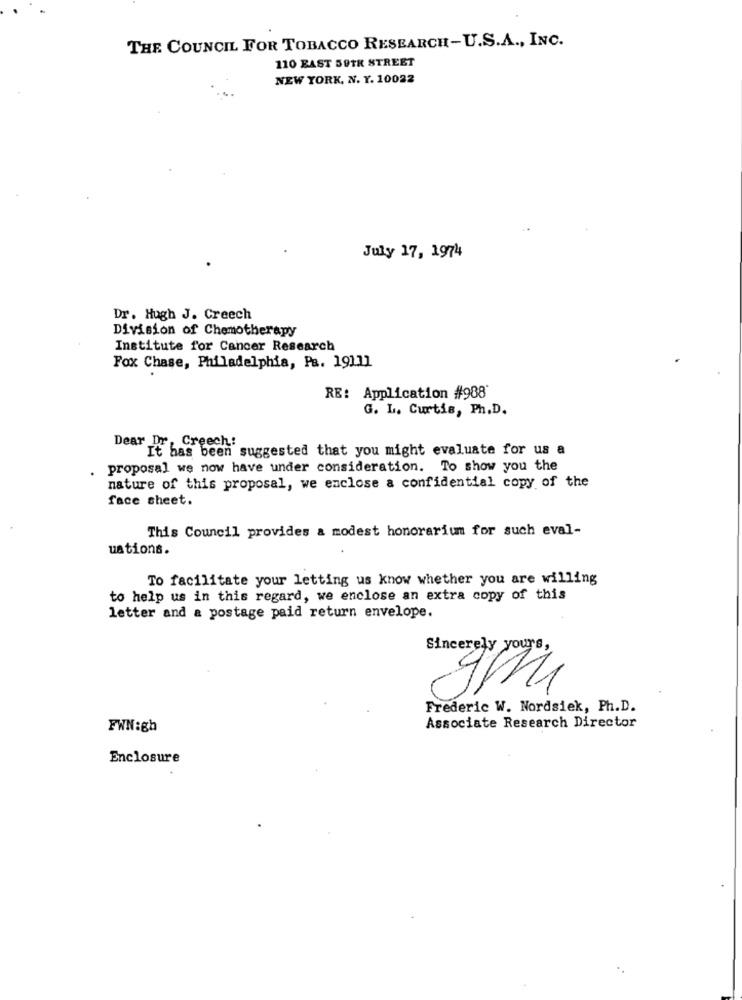
THE COUNCIL FOR TOBACCO RESEARCH-U.S.A ., INC.
110 EAST 59TH STREET
NEW YORK, N. Y. 10022
July 17, 1974
Dr. Hugh J. Creech
Division of Chemotherapy
Institute for Cancer Research
Fox Chase, Philadelphia, Pa. 19111
RE: Application #988'
G. L. Curtis, Ph.D.
Dear Dr, Creech:
It has been suggested that you might evaluate for us a
proposal we now have under consideration. To show you the
nature of this proposal, we enclose a confidential copy of the
face sheet.
This Council provides a modest honorarium for such eval-
uations.
To facilitate your letting us know whether you are willing
to help us in this regard, we enclose an extra copy of this
letter and a postage paid return envelope.
Sincerely yours,
Frederic W. Nordsiek, Ph.D.
FWN:gh
Associate Research Director
Enclosure